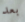
بعد